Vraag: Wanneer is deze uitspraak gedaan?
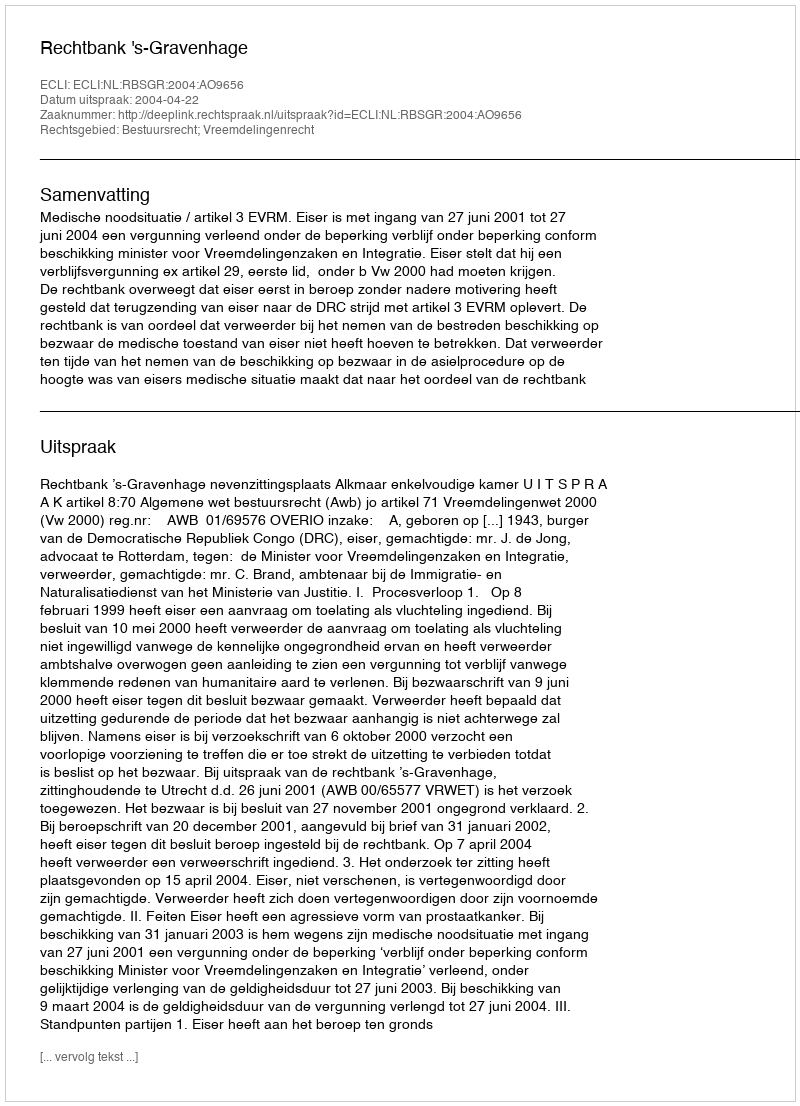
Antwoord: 2004-04-22